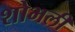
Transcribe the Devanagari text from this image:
शोभली